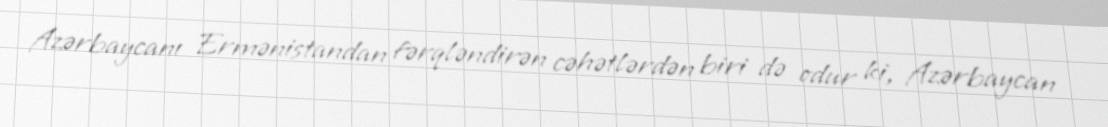
Azərbaycanı Ermənistandan fərqləndirən cəhətlərdən biri də odur ki, Azərbaycan